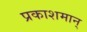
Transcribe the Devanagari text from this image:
प्रकाशमान्